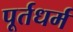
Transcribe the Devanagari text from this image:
पूर्तधर्म